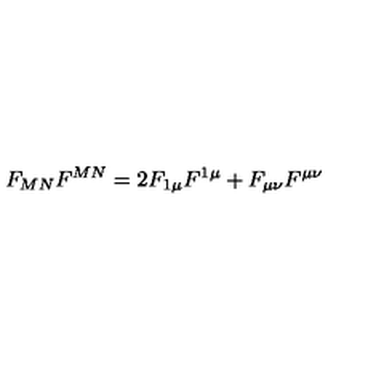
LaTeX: F _ { M N } F ^ { M N } = 2 F _ { 1 \mu } F ^ { 1 \mu } + F _ { \mu \nu } F ^ { \mu \nu }